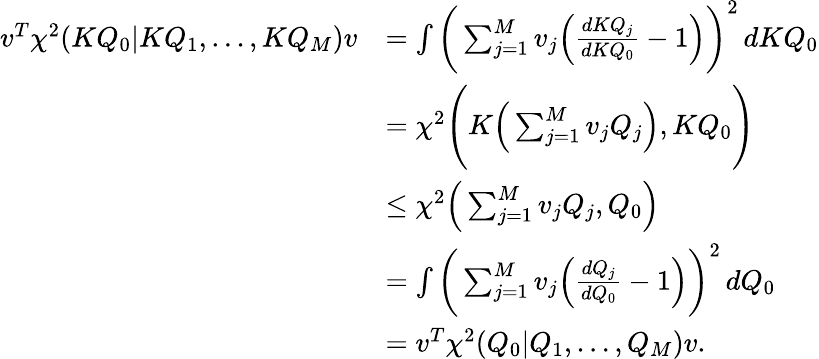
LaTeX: \begin{array}{rl}{v^{T}\chi^{2}(KQ_{0}|KQ_{1},\dots,KQ_{M})v}&{=\int\bigg(\sum_{j=1}^{M}v_{j}\Big(\frac{dKQ_{j}}{dKQ_{0}}-1\Big)\bigg)^{2}\, dKQ_{0}}\\ &{=\chi^{2}\Bigg(K\Big(\sum_{j=1}^{M}v_{j}Q_{j}\Big),KQ_{0}\Bigg)}\\ &{\leq\chi^{2}\Big(\sum_{j=1}^{M}v_{j}Q_{j},Q_{0}\Big)}\\ &{=\int\bigg(\sum_{j=1}^{M}v_{j}\Big(\frac{dQ_{j}}{dQ_{0}}-1\Big)\bigg)^{2}\, dQ_{0}}\\ &{=v^{T}\chi^{2}(Q_{0}|Q_{1},\dots,Q_{M})v.}\end{array}